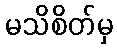
မသိစိတ်မှ